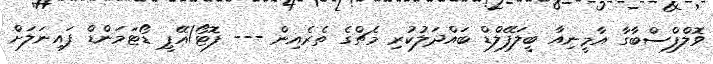
ވޮލްފްސްބާގާ އާމީނިއާ ބީލަފޭލްޑް ބައްދަލުކުރި މެޗްގެ ތެރެއިން --- ފޮޓޯ/އޭޕީ ޑޯޓަމަންޑް ފައިނަލަށް